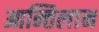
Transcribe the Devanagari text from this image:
आन्तिलान